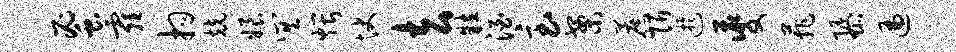
蜜霾拘兢娘巽煨快去粒酒急案蔗陌迂夔菲隳遍